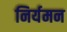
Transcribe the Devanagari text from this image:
निर्यमन